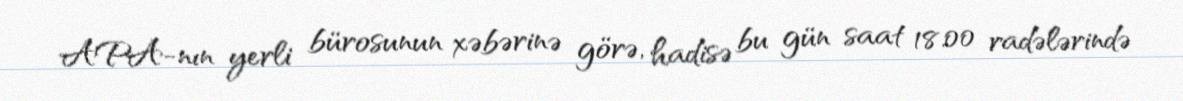
APA-nın yerli bürosunun xəbərinə görə, hadisə bu gün saat 18.00 radələrində